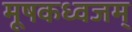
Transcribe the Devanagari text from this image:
मूषकध्वजम्